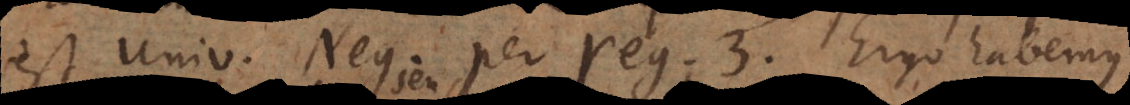
est Universalis Negativa per reg. 3. Ergo habemus